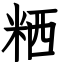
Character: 粞